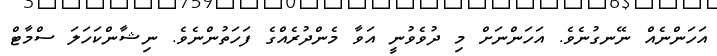
އަހަންނެއް ނޭނގުނެވެ. އަހަންނަށް މި ދުވެވުނީ އަވާ މެންދުރެއްގެ ފަހަތުންނެވެ. ނިޝާންކަހަލަ ސްމާޓް